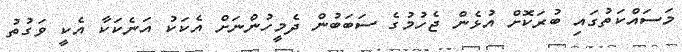
މަސައްކަތުގައި ބުރަކޮށް އުޅެން ޖެހުމުގެ ސަބަބުން ދެމީހުންނަށް އެކަކު އަނެކަކާ އެކީ ވަގުތު